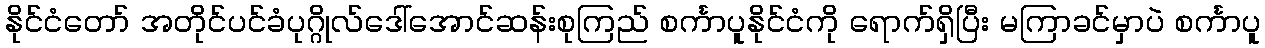
နိုင်ငံတော် အတိုင်ပင်ခံပုဂ္ဂိုလ်ဒေါ်အောင်ဆန်းစုကြည် စင်္ကာပူနိုင်ငံကို ရောက်ရှိပြီး မကြာခင်မှာပဲ စင်္ကာပူ